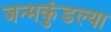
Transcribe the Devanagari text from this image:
जन्मकुंडल्या